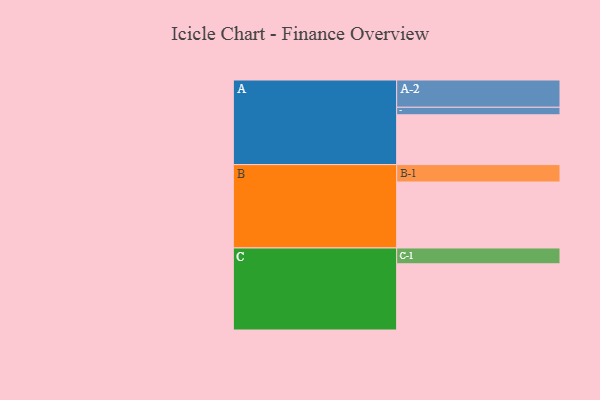
{"axis": {"x": "Segment", "y": "Value"}, "legend": ["", "A", "B", "C"], "data": [{"x": "A", "y": 444, "type": ""}, {"x": "B", "y": 588, "type": ""}, {"x": "C", "y": 590, "type": ""}, {"x": "A-1", "y": 67, "type": "A"}, {"x": "A-2", "y": 243, "type": "A"}, {"x": "B-1", "y": 155, "type": "B"}, {"x": "C-1", "y": 141, "type": "C"}]}